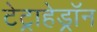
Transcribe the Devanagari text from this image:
टेट्राहेड्रॉन